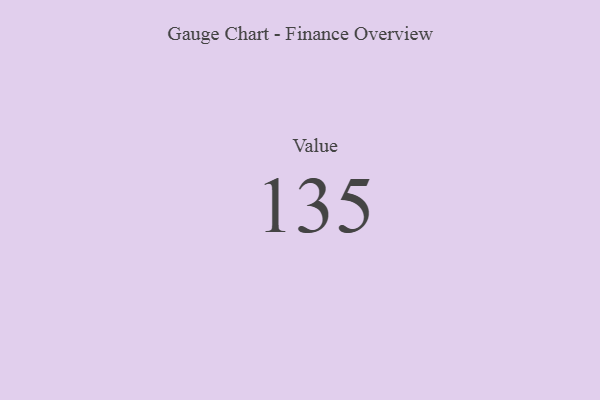
{"axis": {"x": "Metric", "y": "Value"}, "legend": [""], "data": [{"x": "Value", "y": 135, "type": ""}]}